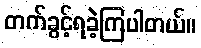
တက်ခွင့်ရခဲ့ကြပါတယ်။